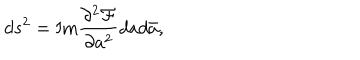
LaTeX: d s ^ { 2 } = \mathrm { I m } \frac { \partial ^ { 2 } { \cal F } } { \partial a ^ { 2 } } d a d \bar { a } ,